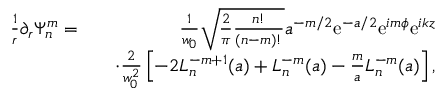
\begin{array} { r l r } { \frac { 1 } { r } \partial _ { r } \Psi _ { n } ^ { m } = } & { } & { \frac { 1 } { w _ { 0 } } \sqrt { \frac { 2 } { \pi } \frac { n ! } { ( n - m ) ! } } a ^ { - m / 2 } \mathrm { e } ^ { - a / 2 } \mathrm { e } ^ { i m \phi } \mathrm { e } ^ { i k z } } \\ & { } & { \cdot \frac { 2 } { w _ { 0 } ^ { 2 } } \left[ - 2 L _ { n } ^ { - m + 1 } ( a ) + L _ { n } ^ { - m } ( a ) - \frac { m } { a } L _ { n } ^ { - m } ( a ) \right] , } \end{array}